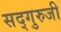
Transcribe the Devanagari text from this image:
सद्गुरुजी